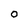
Character: o